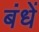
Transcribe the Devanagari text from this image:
बंधें